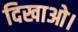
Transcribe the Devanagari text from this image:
दिखाओ।